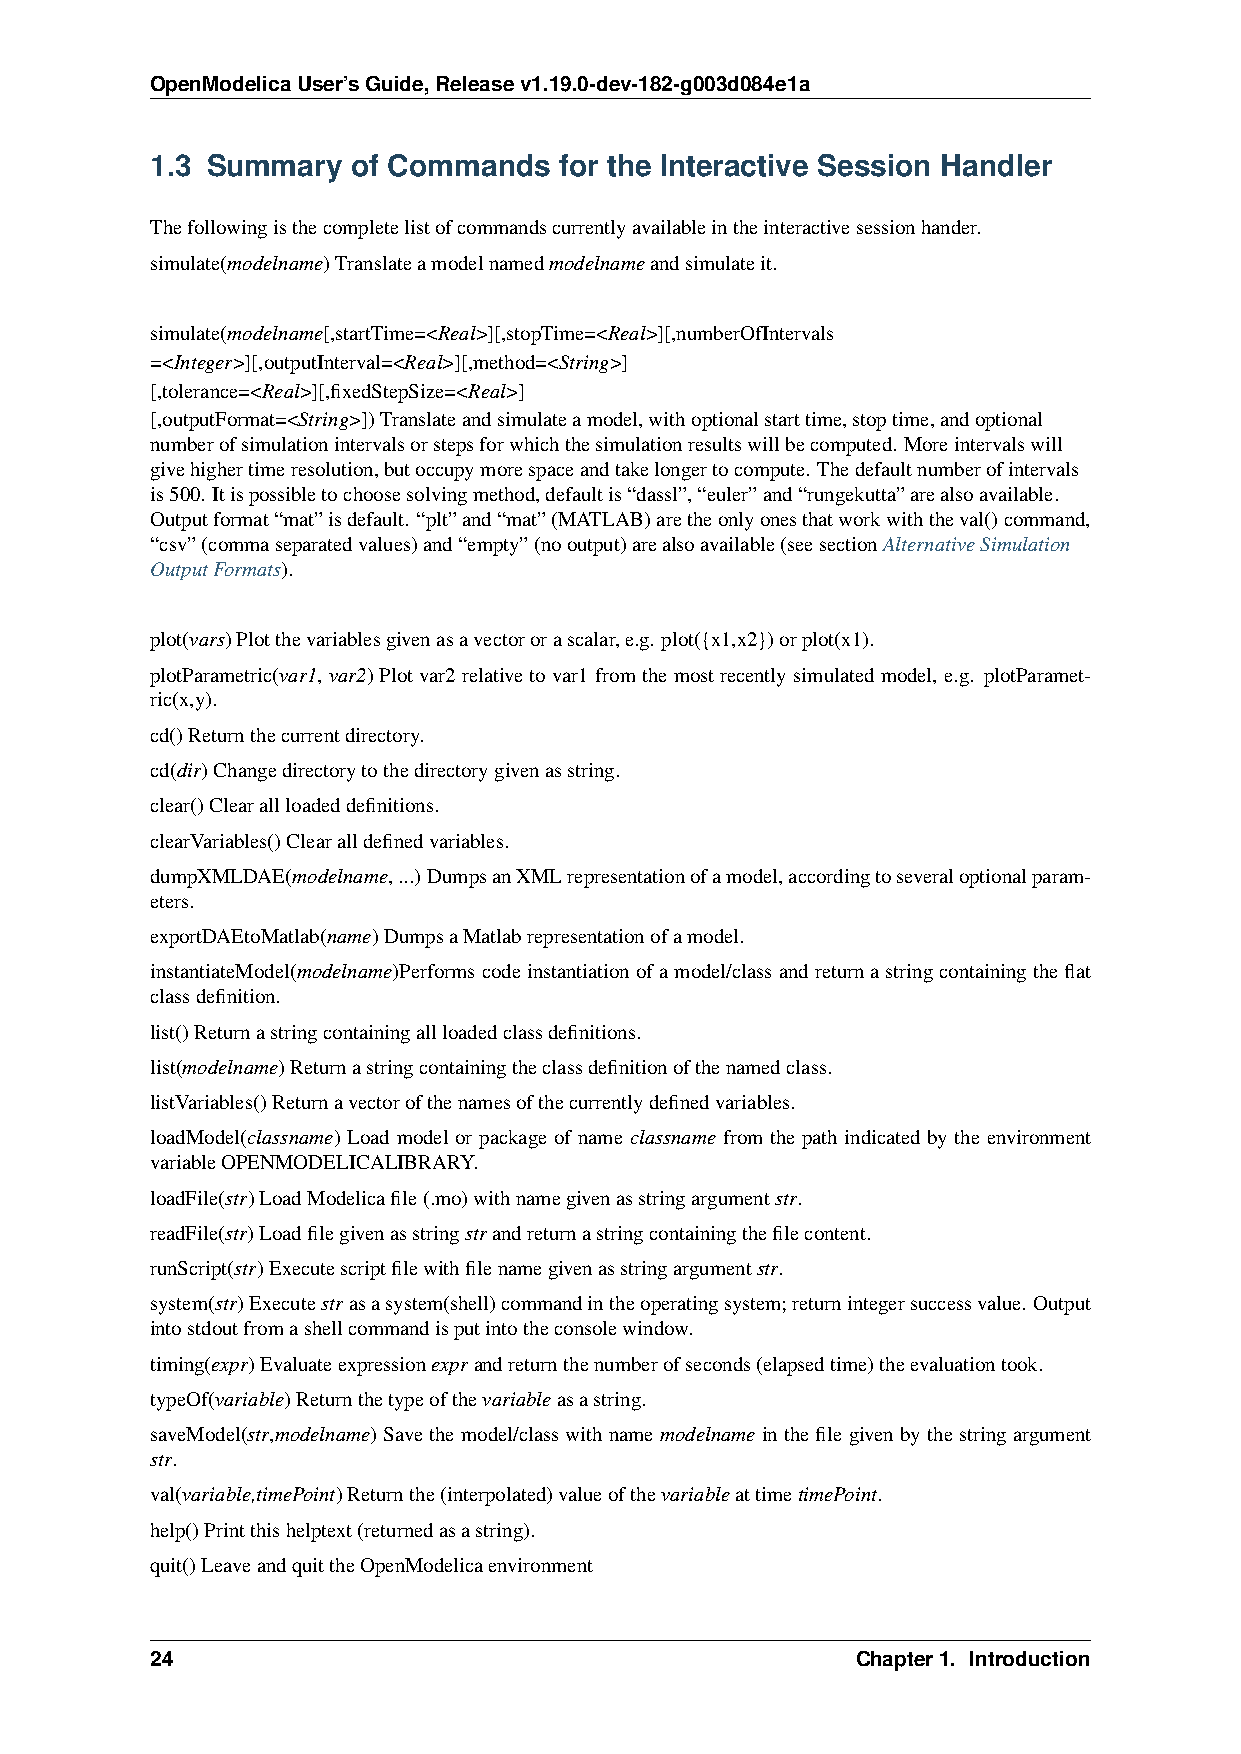
OpenModelicaUser’sGuide,Releasev1.19.0-dev-182-g003d084e1a
 1.3 Summary  of Commands   for the Interactive Session Handler
 Thefollowingisthecompletelistofcommandscurrentlyavailableintheinteractivesessionhander.
 simulate(modelname)Translateamodelnamedmodelnameandsimulateit.
 simulate(modelname[,startTime=<Real>][,stopTime=<Real>][,numberOfIntervals
 =<Integer>][,outputInterval=<Real>][,method=<String>]
 [,tolerance=<Real>][,fixedStepSize=<Real>]
 [,outputFormat=<String>])Translateandsimulateamodel,withoptionalstarttime,stoptime,andoptional
 numberofsimulationintervalsorstepsforwhichthesimulationresultswillbecomputed. Moreintervalswill
 givehighertimeresolution,butoccupymorespaceandtakelongertocompute. Thedefaultnumberofintervals
 is500. Itispossibletochoosesolvingmethod,defaultis“dassl”,“euler”and“rungekutta”arealsoavailable.
 Outputformat“mat”isdefault. “plt”and“mat”(MATLAB)aretheonlyonesthatworkwiththeval()command,
 “csv”(commaseparatedvalues)and“empty”(nooutput)arealsoavailable(seesectionAlternativeSimulation
 OutputFormats).
 plot(vars)Plotthevariablesgivenasavectororascalar,e.g. plot({x1,x2})orplot(x1).
 plotParametric(var1, var2) Plot var2 relative to var1 from the most recently simulated model, e.g. plotParamet-
 ric(x,y).
 cd()Returnthecurrentdirectory.
 cd(dir)Changedirectorytothedirectorygivenasstring.
 clear()Clearallloadeddefinitions.
 clearVariables()Clearalldefinedvariables.
 dumpXMLDAE(modelname,...) DumpsanXMLrepresentationofamodel,accordingtoseveraloptionalparam-
 eters.
 exportDAEtoMatlab(name)DumpsaMatlabrepresentationofamodel.
 instantiateModel(modelname)Performscodeinstantiationofamodel/classandreturnastringcontainingtheflat
 classdefinition.
 list()Returnastringcontainingallloadedclassdefinitions.
 list(modelname)Returnastringcontainingtheclassdefinitionofthenamedclass.
 listVariables()Returnavectorofthenamesofthecurrentlydefinedvariables.
 loadModel(classname) Load model or package of name classname from the path indicated by the environment
 variableOPENMODELICALIBRARY.
 loadFile(str)LoadModelicafile(.mo)withnamegivenasstringargumentstr.
 readFile(str)Loadfilegivenasstringstrandreturnastringcontainingthefilecontent.
 runScript(str)Executescriptfilewithfilenamegivenasstringargumentstr.
 system(str)Executestrasasystem(shell)commandintheoperatingsystem;returnintegersuccessvalue. Output
 intostdoutfromashellcommandisputintotheconsolewindow.
 timing(expr)Evaluateexpressionexprandreturnthenumberofseconds(elapsedtime)theevaluationtook.
 typeOf(variable)Returnthetypeofthevariableasastring.
 saveModel(str,modelname) Save the model/class with name modelname in the file given by the string argument
 str.
 val(variable,timePoint)Returnthe(interpolated)valueofthevariableattimetimePoint.
 help()Printthishelptext(returnedasastring).
 quit()LeaveandquittheOpenModelicaenvironment
 24                                             Chapter1. Introduction